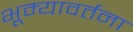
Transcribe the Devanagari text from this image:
भूम्यावर्तना